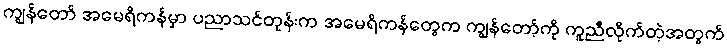
ကျွန်တော် အမေရိကန်မှာ ပညာသင်တုန်းက အမေရိကန်တွေက ကျွန်တော့်ကို ကူညီလိုက်တဲ့အတွက်